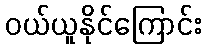
ဝယ်ယူနိုင်ကြောင်း